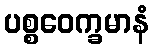
ပစ္စဝေက္ခမာနံ